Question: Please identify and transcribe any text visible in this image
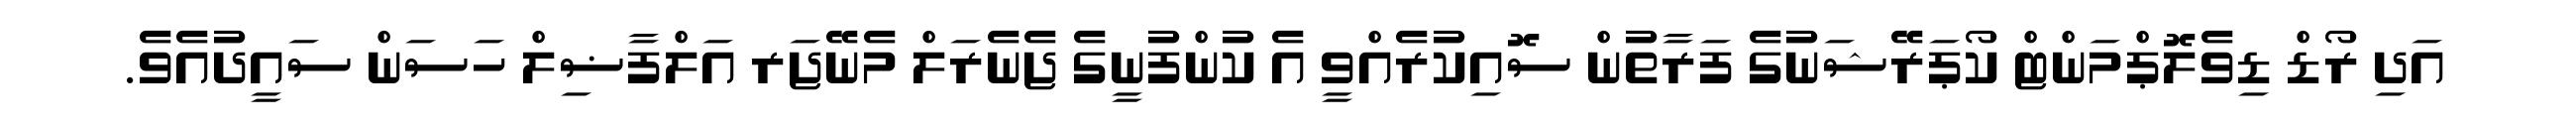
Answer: އަދި ރޯޑް ޑިވެލޮޕްމަންޓް ކޯޕަރޭޝަނުގެ ފަރާތުން ސޮއިކުރެއްވީ އެ ކުންފުނީގެ ޖެނެރަލް މެނޭޖަރ އަލްފާޟިލް ހަސަން ސައީދުއެވެ.